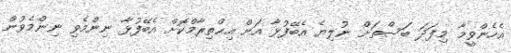
އެހެންވީމާ މިފަދަ ބަސްތަށް ނުލިޔެ އެބޭފުޅާ އަށް އިޙްތިރާމްކޮށް އެބޭފުޅާ ނިންމެވި ނިންމެވުން